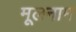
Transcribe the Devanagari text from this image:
मूलनाम